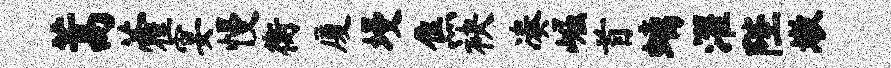
蒿藿宴慢衡厦墁焦袂凑崛首螭濯陛墩